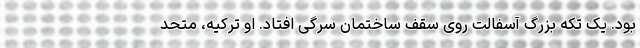
بود. یک تکه بزرگ آسفالت روی سقف ساختمان سرگی افتاد. او ترکیه، متحد